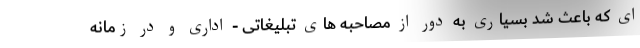
ای که باعث شد بسیاری به دور از مصاحبه های تبلیغاتی - اداری و در زمانه